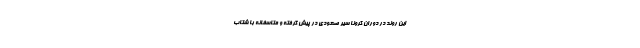
این روند در دوران کرونا سیر صعودی در پیش گرفته و متاسفانه با شتاب